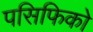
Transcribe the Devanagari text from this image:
पसिफिको